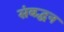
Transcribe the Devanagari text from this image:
संबद्धन